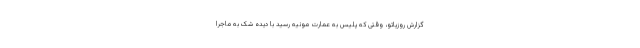
گزارش روزیاتو، وقتی که پلیس به عمارت مونیه رسید با دیده شک به ماجرا